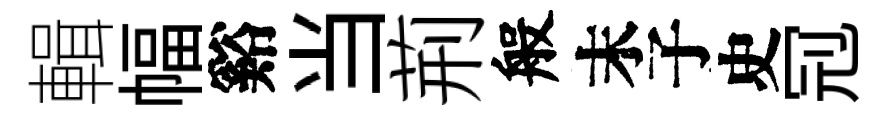
輯幅谿当荊般末子史𠜍